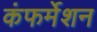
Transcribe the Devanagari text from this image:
कंफर्मेशन